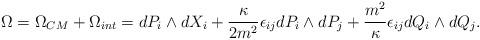
LaTeX: \begin{align*}\Omega=\Omega_{CM}+\Omega_{int}= dP_{i}\wedge dX_{i} +\frac{\kappa}{2m^2}\epsilon_{ij}dP_{i}\wedge dP_{j} +\frac{m^2}{\kappa}\epsilon_{ij} dQ_{i}\wedge dQ_{j}. \end{align*}